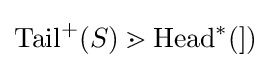
\mathrm {Tail} ^{+}(S)\gtrdot \mathrm {Head} ^{*}(])